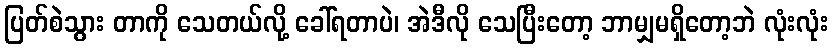
ပြတ်စဲသွား တာကို သေတယ်လို့ ခေါ်ရတာပဲ၊ အဲဒီလို သေပြီးတော့ ဘာမျှမရှိတော့ဘဲ လုံးလုံး